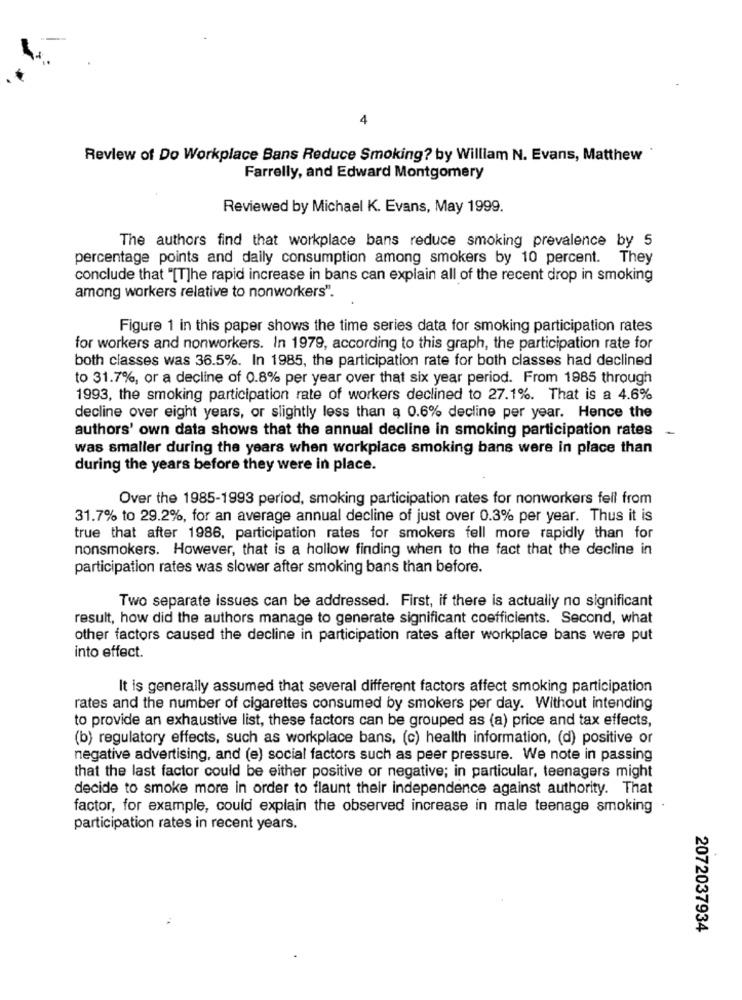
4
Review of Do Workplace Bans Reduce Smoking? by William N. Evans, Matthew
Farrelly, and Edward Montgomery
Reviewed by Michael K. Evans, May 1999.
The authors find that workplace bans reduce smoking prevalence by 5
percentage points and daily consumption among smokers by 10 percent. They
conclude that "[T]he rapid increase in bans can explain all of the recent drop in smoking
among workers relative to nonworkers".
Figure 1 in this paper shows the time series data for smoking participation rates
for workers and nonworkers. In 1979, according to this graph, the participation rate for
both classes was 36.5%. In 1985, the participation rate for both classes had declined
to 31.7%, or a decline of 0.8% per year over that six year period. From 1985 through
1993, the smoking participation rate of workers declined to 27.1%. That is a 4.6%
decline over eight years, or slightly less than a 0.6% decline per year. Hence the
authors' own data shows that the annual decline in smoking participation rates
-
was smaller during the years when workplace smoking bans were in place than
during the years before they were in place.
Over the 1985-1993 period, smoking participation rates for nonworkers fell from
31.7% to 29.2%, for an average annual decline of just over 0.3% per year. Thus it is
true that after 1986, participation rates for smokers fell more rapidly than for
nonsmokers. However, that is a hollow finding when to the fact that the decline in
participation rates was slower after smoking bans than before.
Two separate issues can be addressed. First, if there is actually no significant
result, how did the authors manage to generate significant coefficients. Second, what
other factors caused the decline in participation rates after workplace bans were put
into effect.
It is generally assumed that several different factors affect smoking participation
rates and the number of cigarettes consumed by smokers per day. Without intending
to provide an exhaustive list, these factors can be grouped as (a) price and tax effects,
(b) regulatory effects, such as workplace bans, (c) health information, (d) positive or
negative advertising, and (e) social factors such as peer pressure. We note in passing
that the last factor could be either positive or negative; in particular, teenagers might
decide to smoke more in order to flaunt their independence against authority. That
factor, for example, could explain the observed increase in male teenage smoking .
participation rates in recent years.
2072037934